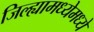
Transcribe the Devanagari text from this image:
जिल्ह्यामध्येमध्ये